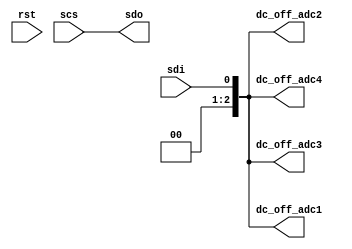
module SPI(scs, sdi, sdo, rst, dc_off_adc1, dc_off_adc2, dc_off_adc3, dc_off_adc4);

	input scs, sdi, rst;
	output sdo;
	output signed [2:0] dc_off_adc1, dc_off_adc2, dc_off_adc3, dc_off_adc4;

	assign sdo = scs;
	assign dc_off_adc1 = sdi;
	assign dc_off_adc2 = sdi;
       assign dc_off_adc3 = sdi;
	assign dc_off_adc4 = sdi;

endmodule